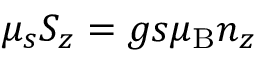
\mu _ { s } S _ { z } = g s { \ensuremath { \mu _ { \mathrm { B } } } } n _ { z }